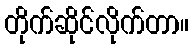
တိုက်ဆိုင်လိုက်တာ။